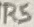
Text: R5